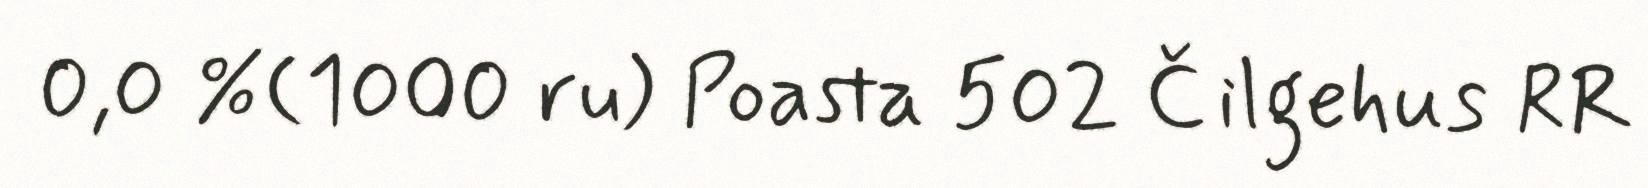
0,0 %(1000 ru) Poasta 502 Čilgehus RR